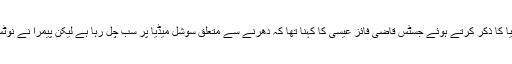
سوشل میڈیا کا ذکر کرتے ہوئے جسٹس قاضی فائز عیسیٰ کا کہنا تھا کہ دھرنے سے متعلق سوشل میڈیا پر سب چل رہا ہے لیکن پیمرا نے نوٹس نہیں لیا۔